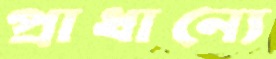
প্রাধান্যে